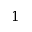
1